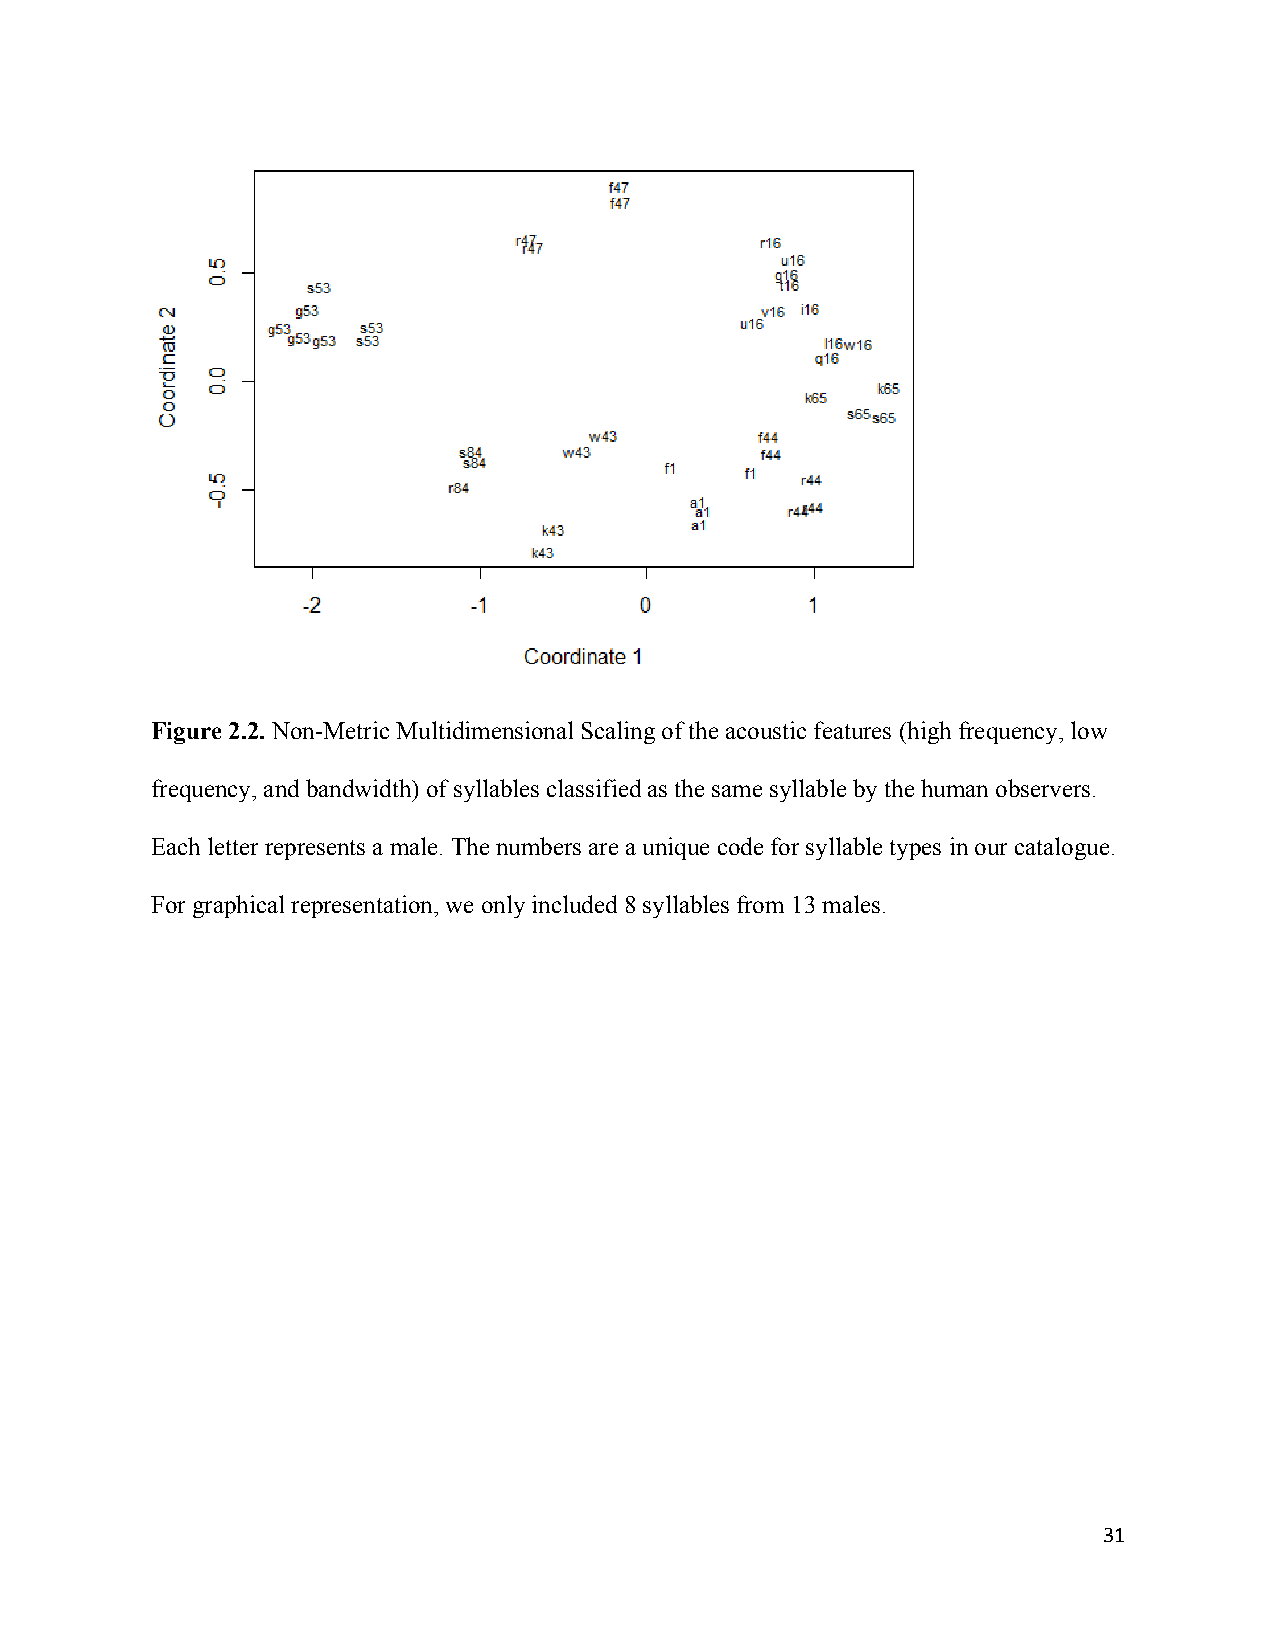
Figure 2.2. Non-Metric Multidimensional Scaling of the acoustic features (high frequency, low
 frequency, and bandwidth) of syllables classified as the same syllable by the human observers.
 Each letter represents a male. The numbers are a unique code for syllable types in our catalogue.
 For graphical representation, we only included 8 syllables from 13 males.
 31